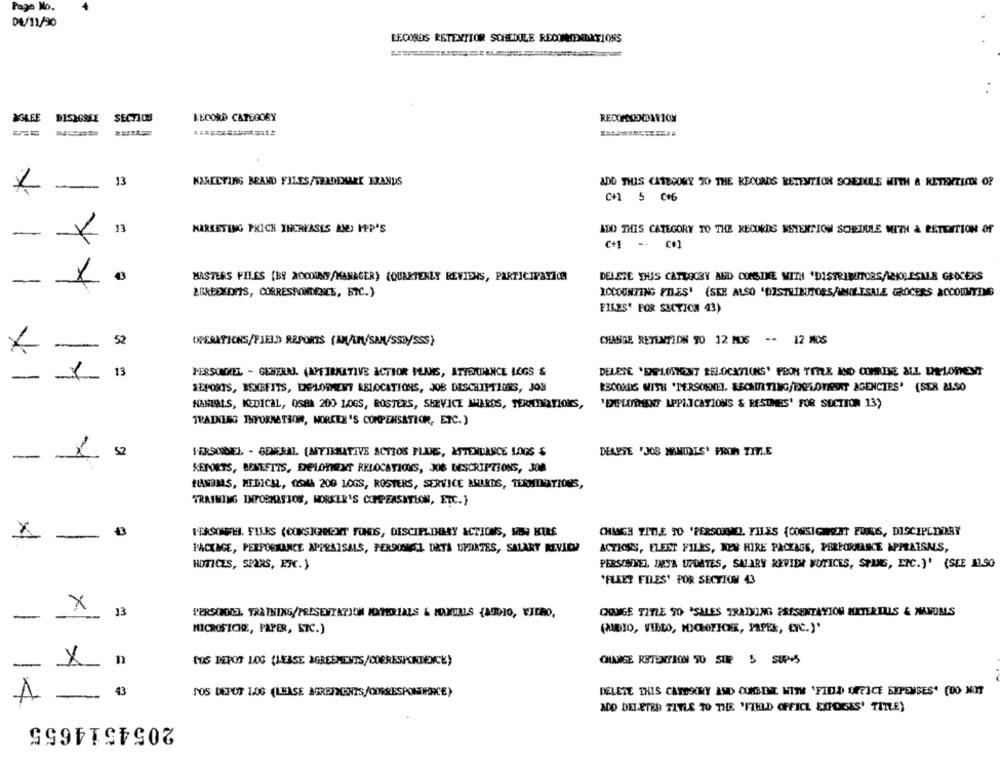
Page No.
DE/11/20
RECORDS RETENTTOR SCHEDULE REDDITIATIONS
RECORD CATEGORY
DISAGREE
SECTION
13
KAREETIRS BRAND FILES/SORDDALEE ERANDS
ADD THIS CATEGORY TO THE RECORDS RETENTION SONSDULS MITH A RETENTION OF
C+1 5 006
33
MARKETING PRICK INCREASES ME MPP'S
ADO THIS CATEGORY TO THE RECORDS RETENTION SCHEDULE MITH à RETENTION Of
-
MASTERS PILES [B9 XDODUNF/MANAGER) {QUARTERLY REVIENS, PARTICIPAVACON
DELETE THIS CATEGORY MED COMSINE WITH 'DISTRIBUTORS/KOLESALE GROCERS
-
2.GkPEXDIIS, CORRESPONDENCS, BIC.)
ACCOUNTING FILES' (SEE ALSO 'DISTRIBUTORS/UMOLTSALE GROCERS ACCOUNTIMS
1
FILES' FOR SUCTION 43)
52
OPERATIONS/FIELD REPORTS (AM/LM/SAM/SSB/SSS)
CHANGE RETENTION 90 12 MOS -- 12 MOS
-
13
PERSONNEL - GENERAL (APFIRMATIVE ACTIOR PLANS, ATTENDANCE LOGS &
DELETE 'DELISHONT ESLOCATIONS' PEON TITLE IND COMBINE ALL ENKELONENT
-
1
REPORTS, BENEFITS, DIPPLOWSENT RELOCATIONS, JOB DESCRIPTIONS, JOB
RB00KS WITH 'PERSONNEL, RECRUITING/EXPLOTIRUNT AGENCIES' (SER ALSO
HOMEALS, KEDICAL, OSEA 200 LOGS, ROSTERS, SHEVICE MIEROS, TERMINATIONS,
'DELIDENT APPLICATIONS & RESIMES' FOR SECTION 13)
TRAINING INFORMATION, NORKEE 'S COMPENSATION, ETC.)
52
VERSIONNEL - GENERAL [MYINMATIVE ACTION PLANS, ATTENDANCE LOGS &
DEARTE 'JOB MENIDES' FROM TITLE
-
-
REPORTS, BENEFITS, DELOTIENT RELOCATIONS, JOB DESCRIPTIONS, 308
FUNDMS, MEDICH, OSNA 200 LOGS, ROSTERS, SERVICE AWARDS, TERMINATIONS,
TRAINING INFORMATION, WORKER'S COMPEASITION, ETC.}
-
PESSOAH. FILES (CONSIGNMENT FONDS, DISCIPLINARY ACTIONS, MEN KULE
CHANGE TITLE TO 'PERSONEL FILES (CONSIGNEET FUNDS, DISCIPLINARY
PACKAGE, PERFORMANCE APPRAISALS, PERSONAL DATA UPOINTES, SALARY REVIEW
ACTIONS, ELEET FILES, MEN HIRE PACKAGE, PERFORMANCE APPRAISMS,
NOTICES, SPENS, ETC.)
PERSONNEL INTA UPDATES, SALARY REVIER NOTICES, SPAMS, ETC.)' (SEE ALSO
'FLEE? FILES' POR SECTION 43
X
13
QOUGE TITLE TO *SALES TRAINING PSESENTAYION MATERIALS & MANOMS
-
MICROSICHE, PAPER, ETC.)
(AUDIO, VIDEO, MUCHOFICHE, PRPEK, ŁYC.)'
CHANGE RETENTION TO SUR 5 SUP+S
- X-
n
DOS DEPOS LOG [LEASE AGREEMENTS/CORRESPONDENCE)
43
TOS DEPOT LOG (LEASE AGREEMENTS/ODERESPONDHACE)
DELETE THIS CATEGORY AND OUGENE WITH 'FIDA OFFICE SUPENSES" (DO NOT
-
ADO DELETED TITLE TO THE 'FIELD OFFICE EXPOSES' TITLE)
2054514655